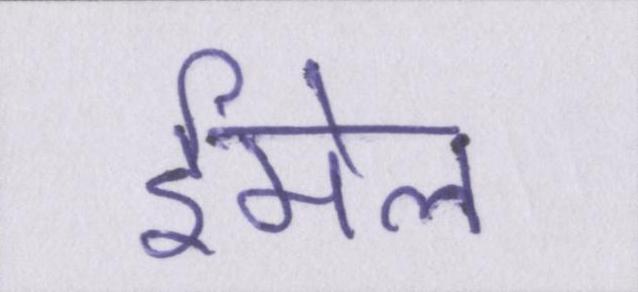
ईमेल